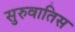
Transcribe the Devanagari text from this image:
सुरुवातिस